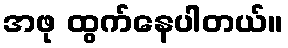
အဖု ထွက်နေပါတယ်။